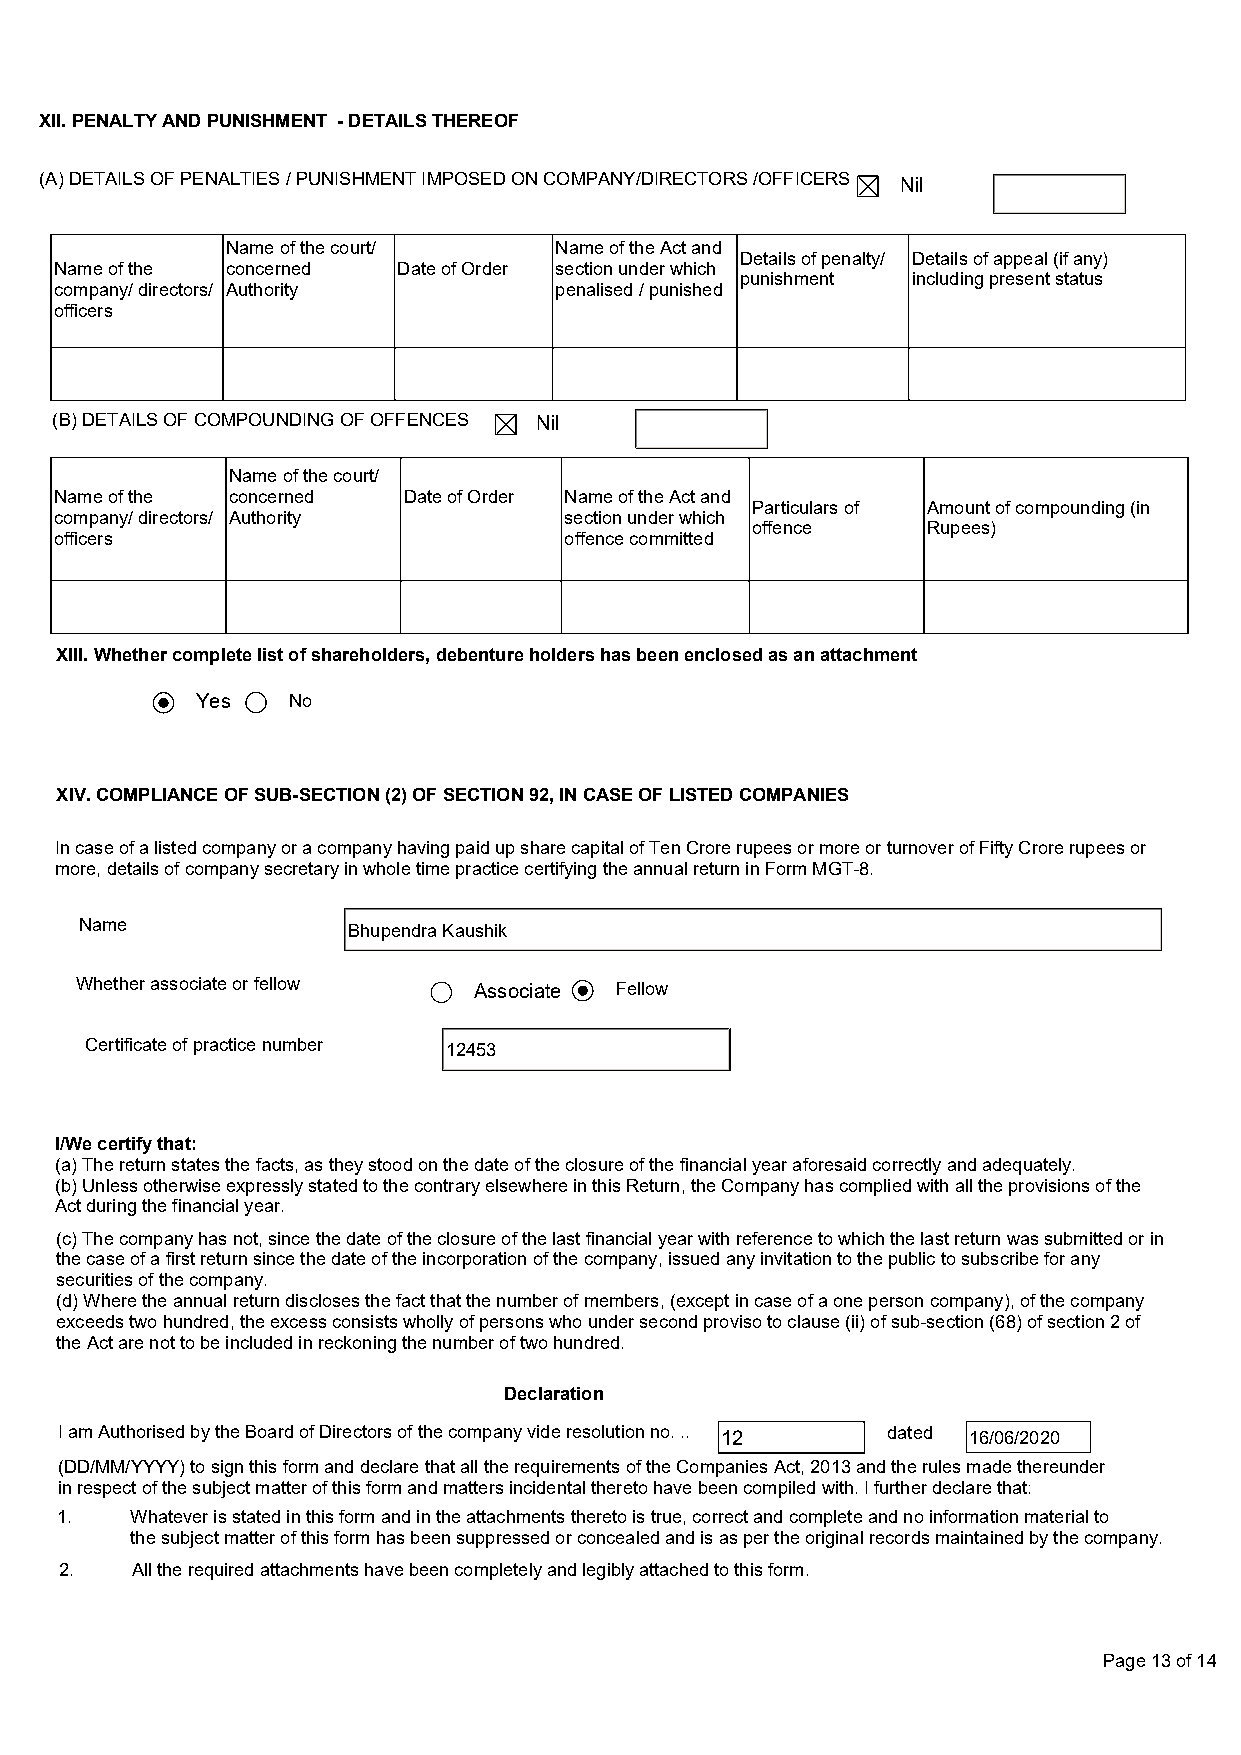
XII. PENALTY AND PUNISHMENT - DETAILS THEREOF
 (A) DETAILS OF PENALTIES / PUNISHMENT IMPOSED ON COMPANY/DIRECTORS /OFFICERS Nil
 Name of the court/    Name of the Act and
 Details of penalty/ Details of appeal (if any)
 Name of the concerned Date of Order section under which
 punishment including present status
 company/ directors/ Authority    penalised / punished
 officers
 (B) DETAILS OF COMPOUNDING OF OFFENCES Nil
 Name of the court/
 Name of the concerned  Date of Order Name of the Act and
 Particulars of Amount of compounding (in
 company/ directors/ Authority    section under which
 offence    Rupees)
 officers                         offence committed
 XIII. Whether complete list of shareholders, debenture holders has been enclosed as an attachment
 Yes   No
 XIV. COMPLIANCE OF SUB-SECTION (2) OF SECTION 92, IN CASE OF LISTED COMPANIES
 In case of a listed company or a company having paid up share capital of Ten Crore rupees or more or turnover of Fifty Crore rupees or
 more, details of company secretary in whole time practice certifying the annual return in Form MGT-8.
 Name              Bhupendra Kaushik
 Whether associate or fellow Associate Fellow
 Certificate of practice number 12453
 I/We certify that:
 (a) The return states the facts, as they stood on the date of the closure of the financial year aforesaid correctly and adequately.
 (b) Unless otherwise expressly stated to the contrary elsewhere in this Return, the Company has complied with all the provisions of the
 Act during the financial year.
 (c) The company has not, since the date of the closure of the last financial year with reference to which the last return was submitted or in
 the case of a first return since the date of the incorporation of the company, issued any invitation to the public to subscribe for any
 securities of the company.
 (d) Where the annual return discloses the fact that the number of members, (except in case of a one person company), of the company
 exceeds two hundred, the excess consists wholly of persons who under second proviso to clause (ii) of sub-section (68) of section 2 of
 the Act are not to be included in reckoning the number of two hundred.
 Declaration
 I am Authorised by the Board of Directors of the company vide resolution no. .. 12 dated 16/06/2020
 (DD/MM/YYYY) to sign this form and declare that all the requirements of the Companies Act, 2013 and the rules made thereunder
 in respect of the subject matter of this form and matters incidental thereto have been compiled with. I further declare that:
 1.   Whatever is stated in this form and in the attachments thereto is true, correct and complete and no information material to
 the subject matter of this form has been suppressed or concealed and is as per the original records maintained by the company.
 2.   All the required attachments have been completely and legibly attached to this form.
 Page 13 of 14